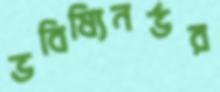
ভবিষ্যিনর্ভর